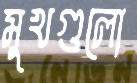
মুখগুলো